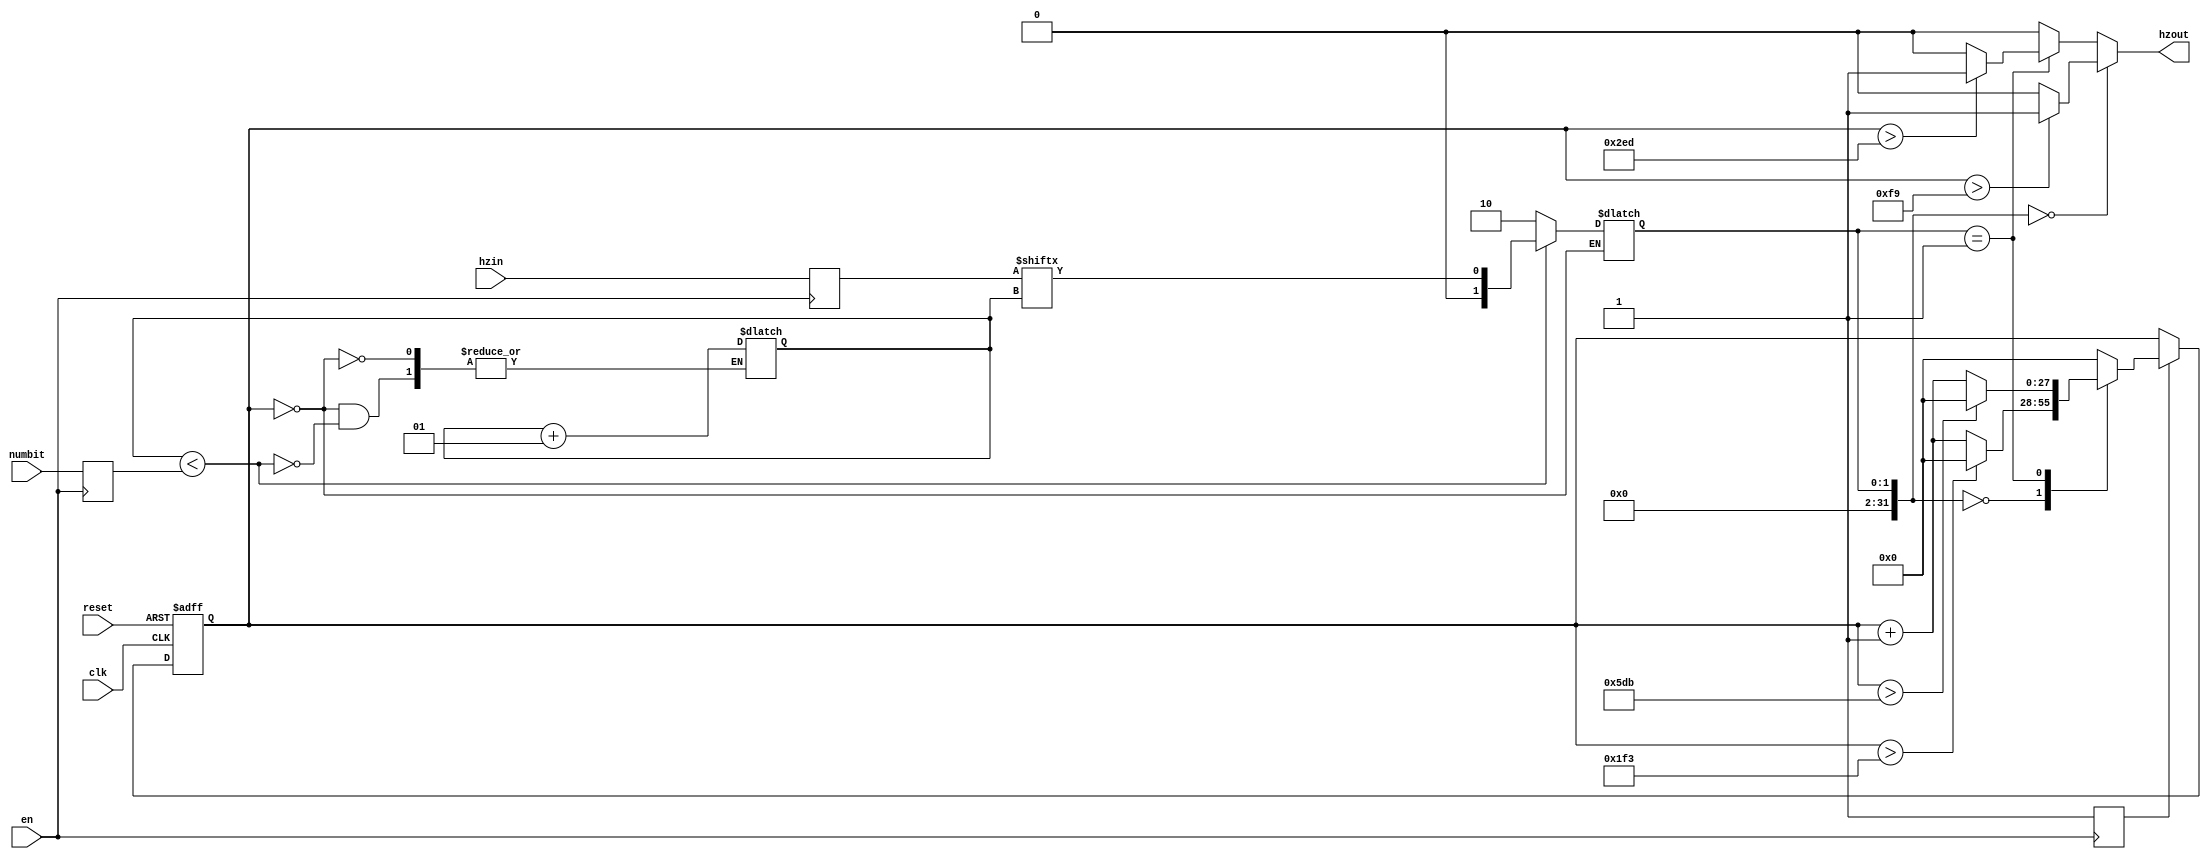
module clock_switcher(clk,reset,numbit,en,hzin,hzout);
input clk,reset,en;   input[3:0] hzin; input[2:0]numbit;
output  hzout;   reg[27:0] count=0;   reg run=0; reg[3:0] store; reg [2:0]load;
integer k=0,i=0;
assign hzout= (i==0)?(count>249)?1:0:(i==1)?(count>749)?1:0:0;   //(count>24999999/i)?1:0;
always @(count)
begin
if(count==0)
if(k<load)
begin
i<=store[k];
k<=k+1;
end
else
begin
 i<=2;
 
end
end
 always @ (negedge en)
 begin
 run<=1;
 load<=numbit;
 store<=hzin;
 end

always @(posedge clk, negedge reset)
begin
  if(!reset)
  count <=0;
  
  else if(run)
   begin
      case(i)
	    1'd0:if(count>499)count<=0; else count <=count+1;
		 1'd1:if(count>1499)count<=0; else count <=count+1;
      default: count<=0;   
	  endcase
 end
end	 
	 
 
endmodule